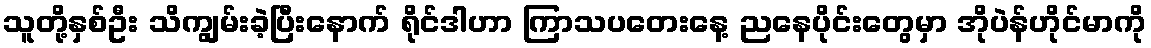
သူတို့နှစ်ဦး သိကျွမ်းခဲ့ပြီးနောက် ရိုင်ဒါဟာ ကြာသပတေးနေ့ ညနေပိုင်းတွေမှာ အိုပဲန်ဟိုင်မာကို